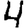
Digit: 4